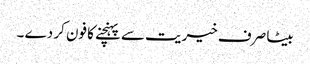
بیٹا صرف خیریت سے پہنچنے کا فون کر دے ۔